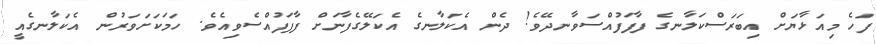
ފަހެ މިއަޅާޔަށް އިބަރަސްކަލާނގެ ފާފަފުއްސަވާނދޭވެ! ދެން އެކަލާނގެ އެކަލޭގެފާނަށް ފާފަފުއްސެވިއެވެ. ހަމަކަށަވަރުން އެކަލާނގެއީ